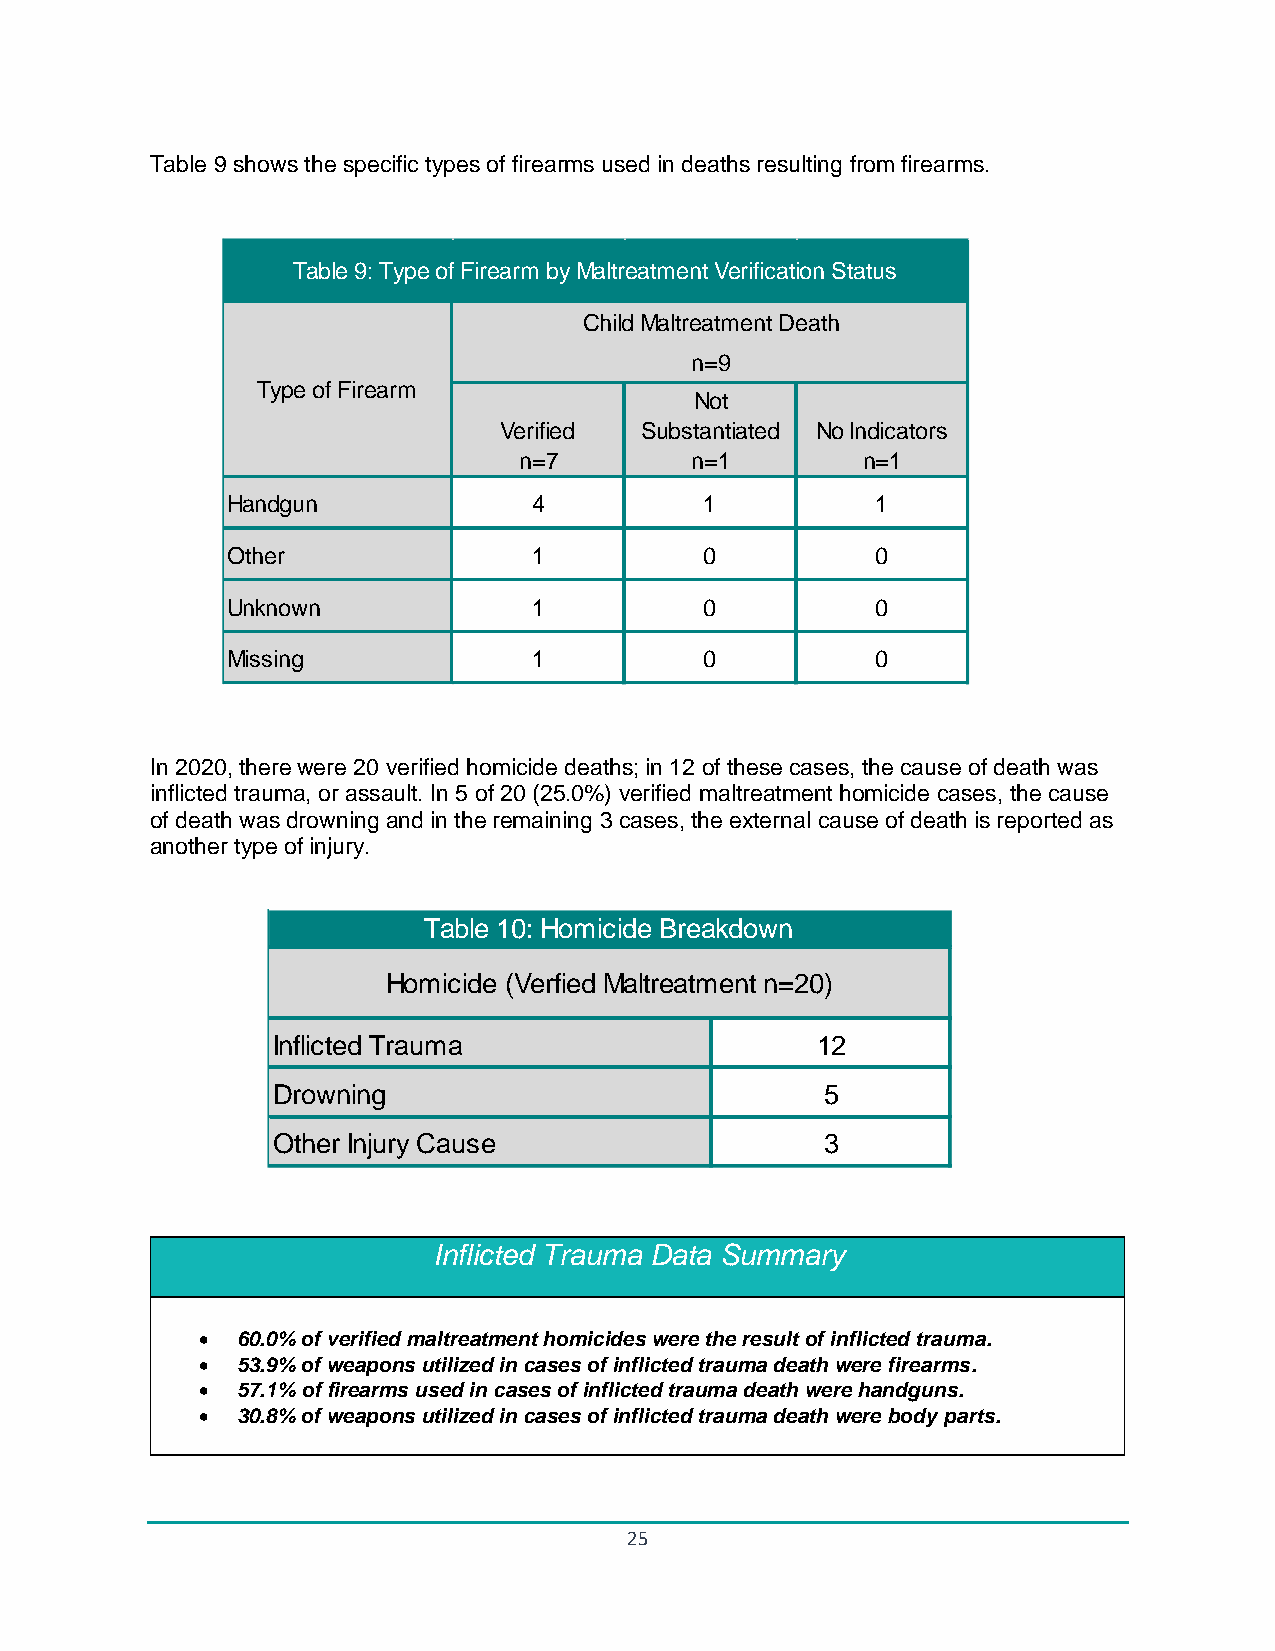
Table 9 shows the specific types of firearms used in deaths resulting from firearms.
 In 2020, there were 20 verified homicide deaths; in 12 of these cases, the cause of death was
 inflicted trauma, or assault. In 5 of 20 (25.0%) verified maltreatment homicide cases, the cause
 of death was drowning and in the remaining 3 cases, the external cause of death is reported as
 another type of injury.
 Inflicted Trauma Data Summary
 •  60.0% of verified maltreatment homicides were the result of inflicted trauma.
 •  53.9% of weapons utilized in cases of inflicted trauma death were firearms.
 •  57.1% of firearms used in cases of inflicted trauma death were handguns.
 •  30.8% of weapons utilized in cases of inflicted trauma death were body parts.
 25
 H
 O
 U
 M
 T y p
 a n d g
 th e r
 n k n o
 is s in
 In
 D
 O
 T a b le
 e o f F
 u n
 w n
 g
 f lic t e
 r o w n
 t h e r
 9 : T y
 ir e a r m
 H
 d T r a
 in g
 In ju r y
 p
 o
 u
 e o f F ir e
 T a b le
 m ic id e
 m a
 C a u s e
 a
 V
 1
 (
 r m b y M a ltr e a
 C h ild M
 e r ifie d Sn
 = 7
 4
 1
 1
 1
 0 : H o m ic id e
 V e r f ie d M a lt
 tm
 a
 u
 B
 r e
 e n t V e r ific a tio
 ltr e a tm e n t D e
 n = 9
 N o t
 b s ta n tia te d
 n = 1
 1
 0
 0
 0
 r e a k d o w n
 a t m e n t n = 2
 n S
 a th
 N o
 0 )
 1 2
 5
 3
 ta
 In
 tu s
 d icn
 = 1
 1
 0
 0
 0
 a to r s